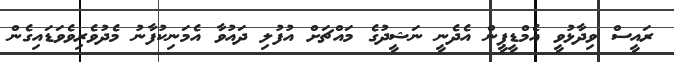
ރައީސް ވިދާޅުވީ އެމްޑީޕީން އެދެނީ ނަޝީދުގެ މައްޗަށް އުފުލި ދައުވާ އެމަނިކުފާނު މެދުވެރިވެވަޑައިގެން